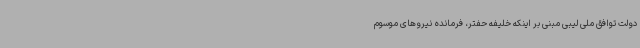
دولت توافق ملی لیبی مبنی بر اینکه خلیفه حفتر، فرمانده نیروهای موسوم